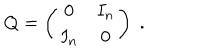
Q = \left( \begin{array} { c c } { { 0 } } & { { I _ { n } } } \\ { { I _ { n } } } & { { 0 } } \\ \end{array} \right) \; .